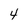
Character: 4